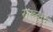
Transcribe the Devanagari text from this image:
रास्त्र्वाद